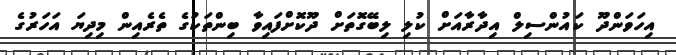
އިހަވަންދޫ ކައުންސިލް އިދާރާއަށް ކުލި ލިބޭގޮތަށް ދޫކޮށްފައިވާ ބިންތަކުގެ ތެރެއިން މިދިޔަ އަހަރުގެ